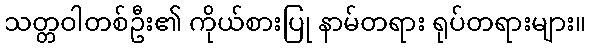
သတ္တဝါတစ်ဦး၏ ကိုယ်စားပြု နာမ်တရား ရုပ်တရားများ။